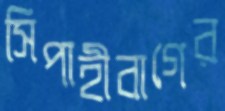
সিপাহীবাগের